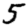
Digit: 5